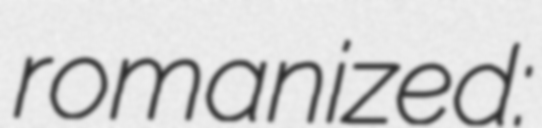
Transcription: romanized: